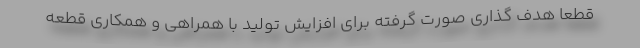
قطعا هدف گذاري صورت گرفته براي افزايش توليد با همراهی و همکاری قطعه